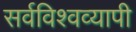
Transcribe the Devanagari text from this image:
सर्वविश्वव्यापी